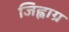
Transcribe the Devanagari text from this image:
जिह्वाग्र